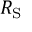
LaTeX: R _ { \mathrm { { S } } }